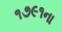
૧૭૯૧ના